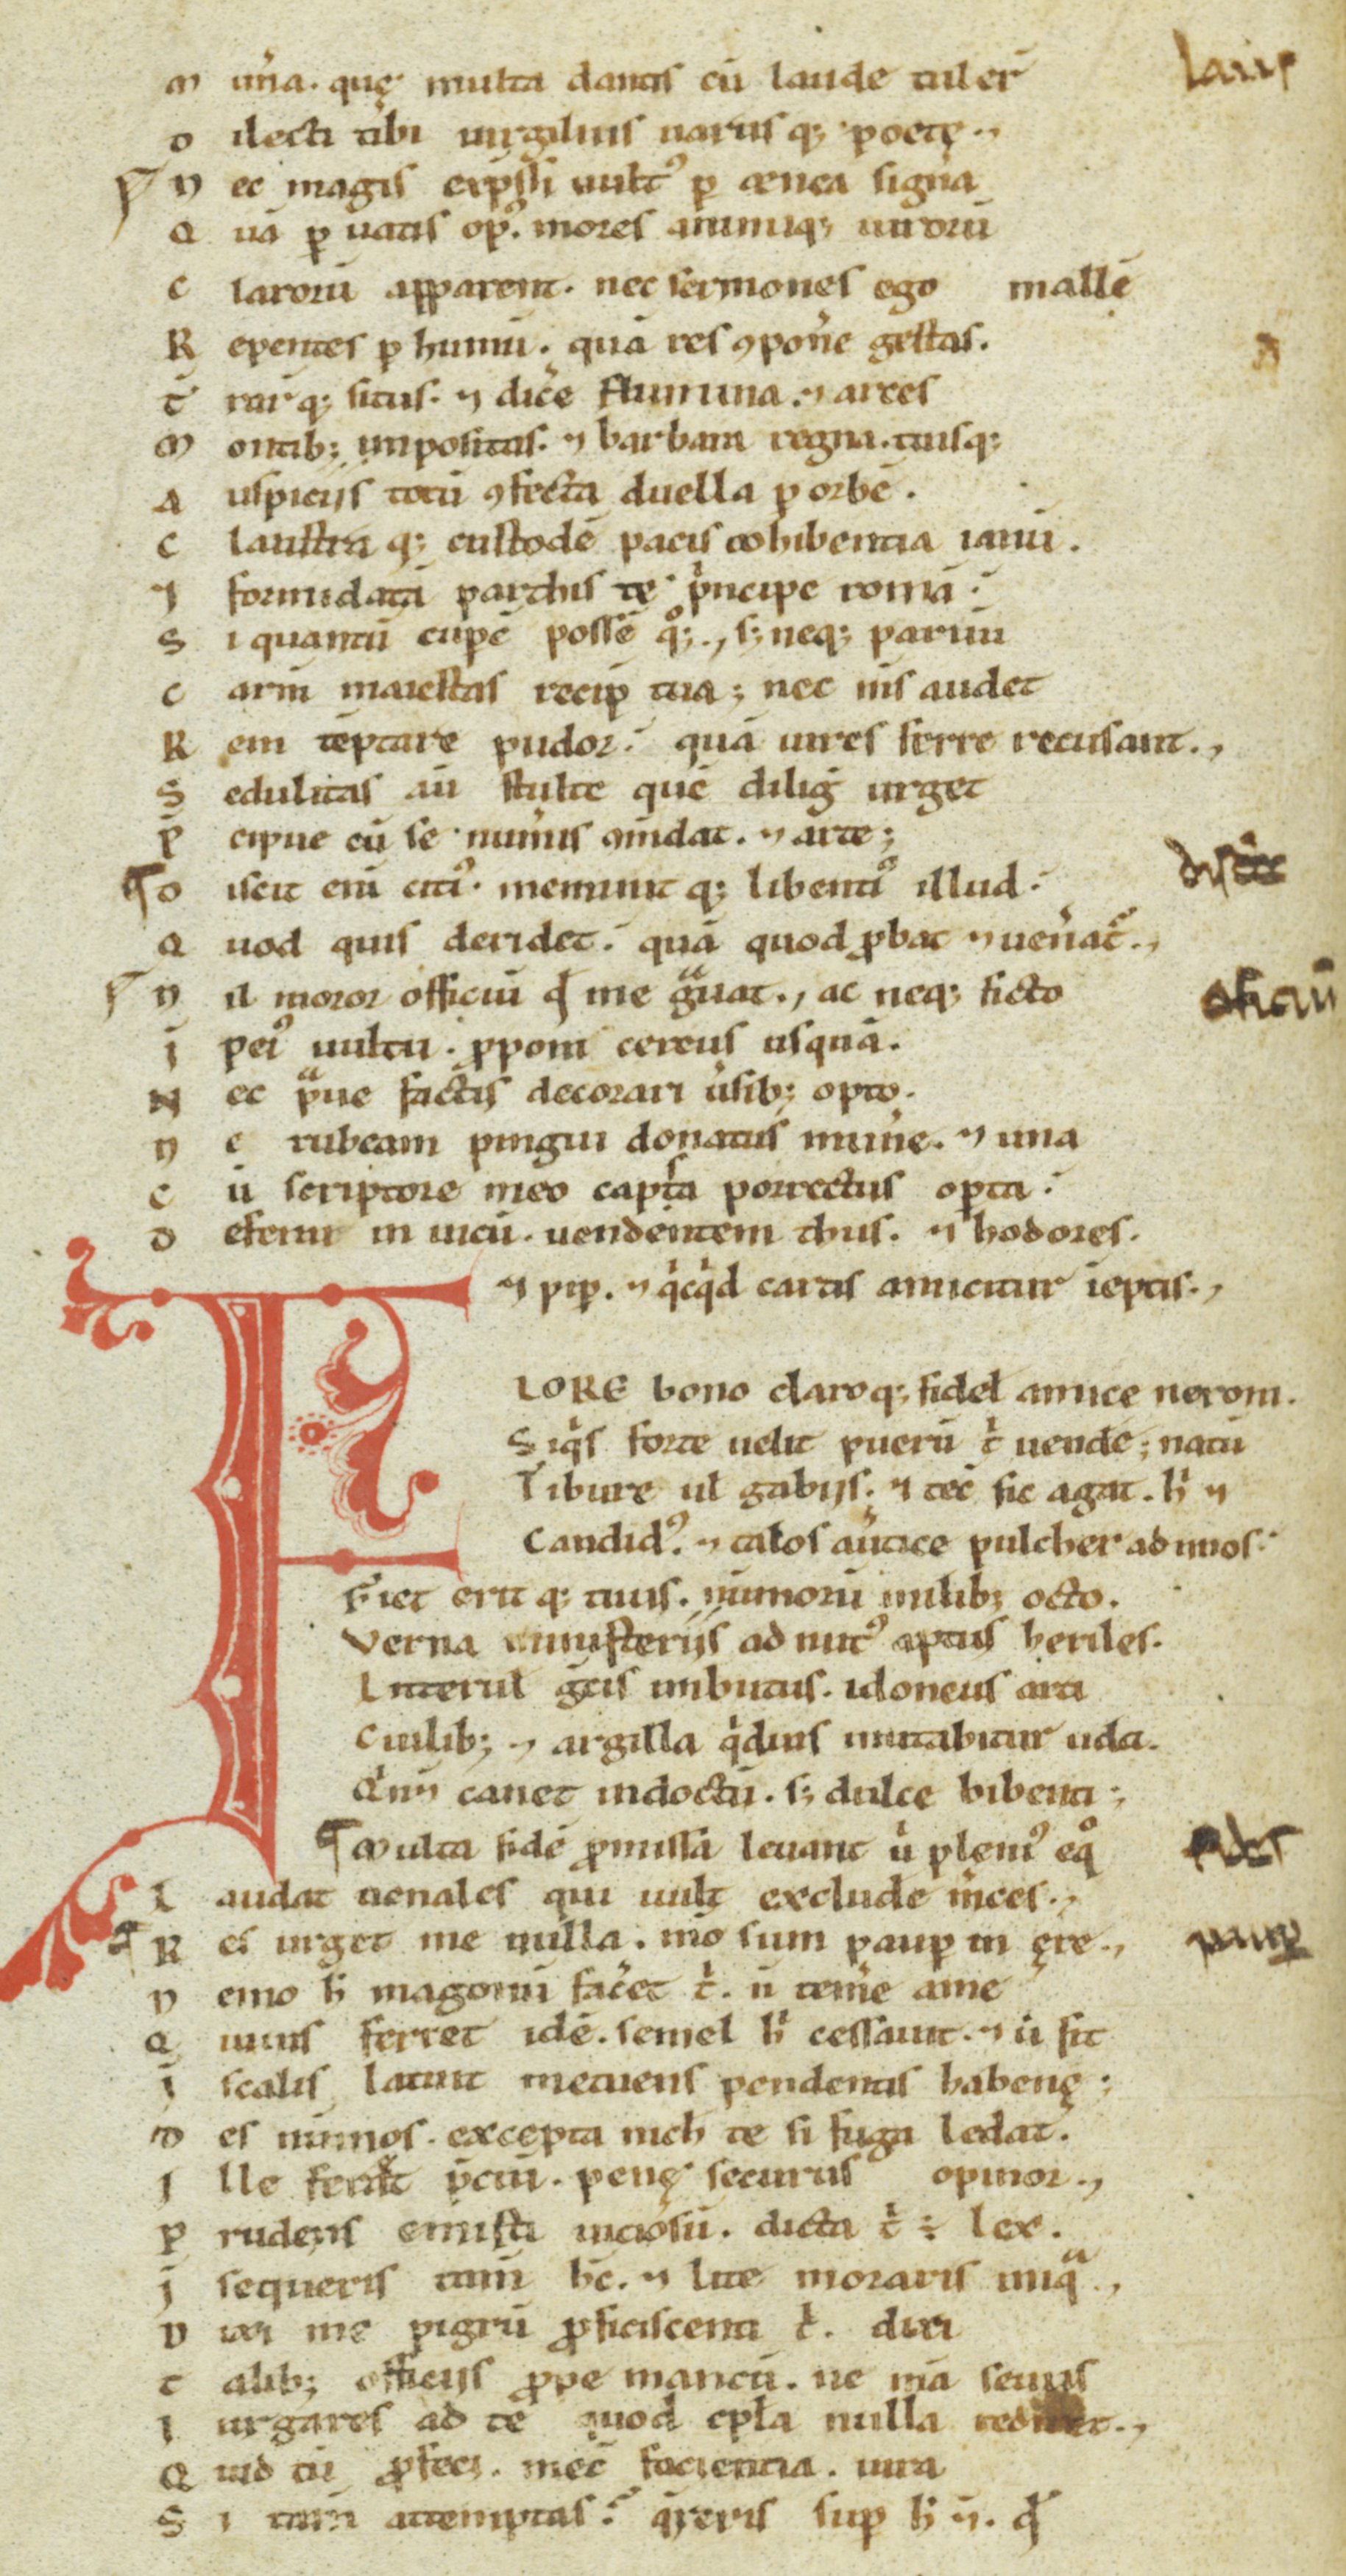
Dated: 1100–1199